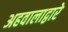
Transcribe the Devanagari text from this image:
अहवालाद्वारे